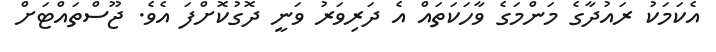
އެކަމަކު ރައުދާގެ މަންމަގެ ވާހަކަތައް އެ ދަރިވަރު ވަނީ ދޮގުކޮށްފަ އެވެ. ޖޫސްތައްޓަށް